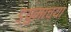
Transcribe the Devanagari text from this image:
ड्युमाच्या